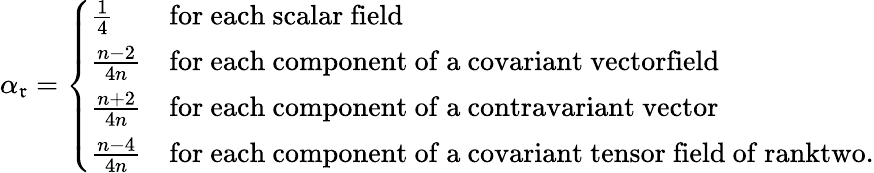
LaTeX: \alpha_{\mathfrak{r}}=\left\{ \begin{array}{ll}{{\frac{1}{4}}}&{{\mathrm{for~each~scalar~field}}}\\ {{\frac{n-2}{4n}}}&{{\mathrm{for~each~component~of~a~covariant~vectorfield}}}\\ {{\frac{n+2}{4n}}}&{{\mathrm{for~each~component~of~a~contravariant~vector}}}\\ {{\frac{n-4}{4n}}}&{{\mathrm{for~each~component~of~a~covariant~tensor~field~of~ranktwo.}}}\end{array}\right.